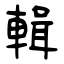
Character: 輯